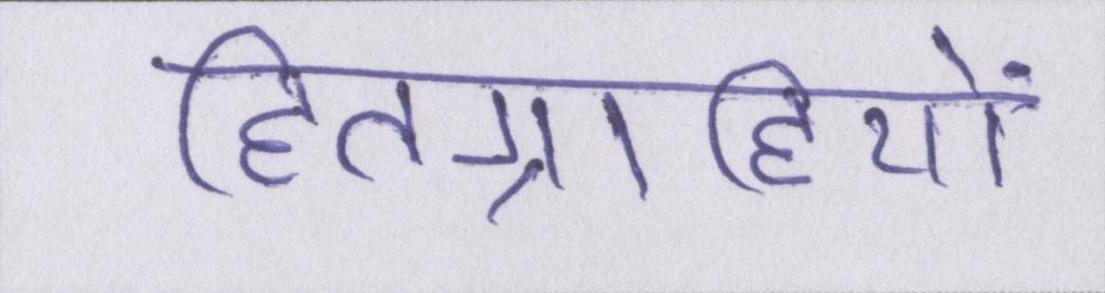
हितग्राहियों